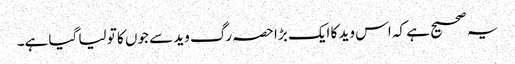
یہ صحیح ہے کہ اس وید کا ایک بڑا حصہ رگ وید سے جوں کا تو لیا گیا ہے۔